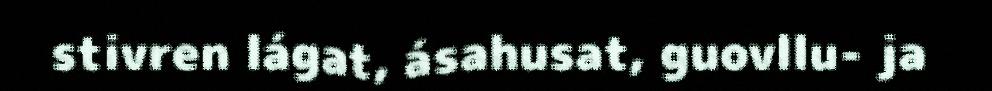
stivren lágat, ásahusat, guovllu- ja